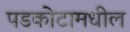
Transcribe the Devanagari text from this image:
पडकोटामधील